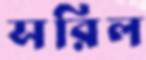
সরিল